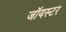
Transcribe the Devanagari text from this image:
जॉयस्टर